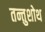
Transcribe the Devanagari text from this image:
तन्तुशोथ